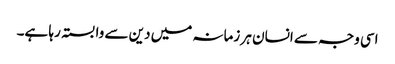
اسی وجہ سے انسان ہر زمانہ میں دین سے وابستہ رہا ہے۔